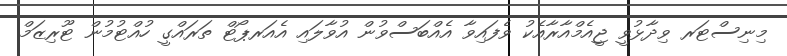
މިނިސްޓަރ ވިދާޅުވީ ޖީއެމްއާރާއެކު ވެފައިވާ އެއްބަސްވުން އުވާލައި އެއަރޕޯޓް ތަރައްގީ ހުއްޓުމުން ޓޫރިޒަމް